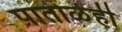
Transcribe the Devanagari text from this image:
पातोळेही